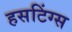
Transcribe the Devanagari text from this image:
हसटिंग्स